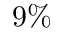
9 \%